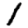
Digit: 1